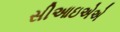
સીઆઇએએ